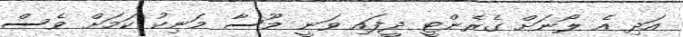
އަދި އެ ލޯނަށް ގެރެންޓީ ދީފައި ވަނީ މޫސާ މަނިކު ކަމަށް ވެސް